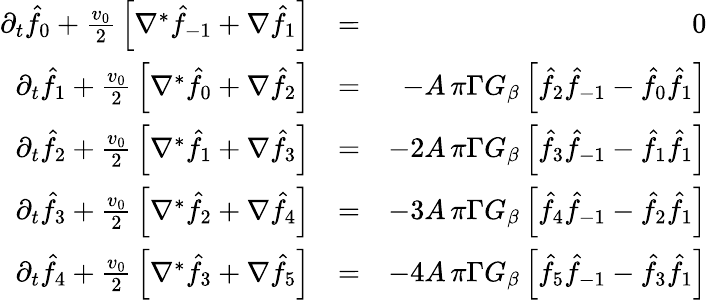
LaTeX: \begin{array}{rlr}{\partial_{t}\hat{f}_{0}+{\frac{v_{0}}{2}}\left[\nabla^{*}\hat{f}_{-1}+\nabla\hat{f}_{1}\right]}&{=}&{0}\\ {\partial_{t}\hat{f}_{1}+{\frac{v_{0}}{2}}\left[\nabla^{*}\hat{f}_{0}+\nabla\hat{f}_{2}\right]}&{=}&{-A\, \pi\Gamma G_{\beta}\left[\hat{f}_{2}\hat{f}_{-1}-\hat{f}_{0}\hat{f}_{1}\right]}\\ {\partial_{t}\hat{f}_{2}+{\frac{v_{0}}{2}}\left[\nabla^{*}\hat{f}_{1}+\nabla\hat{f}_{3}\right]}&{=}&{-2A\, \pi\Gamma G_{\beta}\left[\hat{f}_{3}\hat{f}_{-1}-\hat{f}_{1}\hat{f}_{1}\right]}\\ {\partial_{t}\hat{f}_{3}+{\frac{v_{0}}{2}}\left[\nabla^{*}\hat{f}_{2}+\nabla\hat{f}_{4}\right]}&{=}&{-3A\, \pi\Gamma G_{\beta}\left[\hat{f}_{4}\hat{f}_{-1}-\hat{f}_{2}\hat{f}_{1}\right]}\\ {\partial_{t}\hat{f}_{4}+{\frac{v_{0}}{2}}\left[\nabla^{*}\hat{f}_{3}+\nabla\hat{f}_{5}\right]}&{=}&{-4A\, \pi\Gamma G_{\beta}\left[\hat{f}_{5}\hat{f}_{-1}-\hat{f}_{3}\hat{f}_{1}\right]}\end{array}